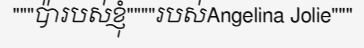
"""ប៉ារបស់ខ្ញុំ""""របស់Angelina Jolie"""